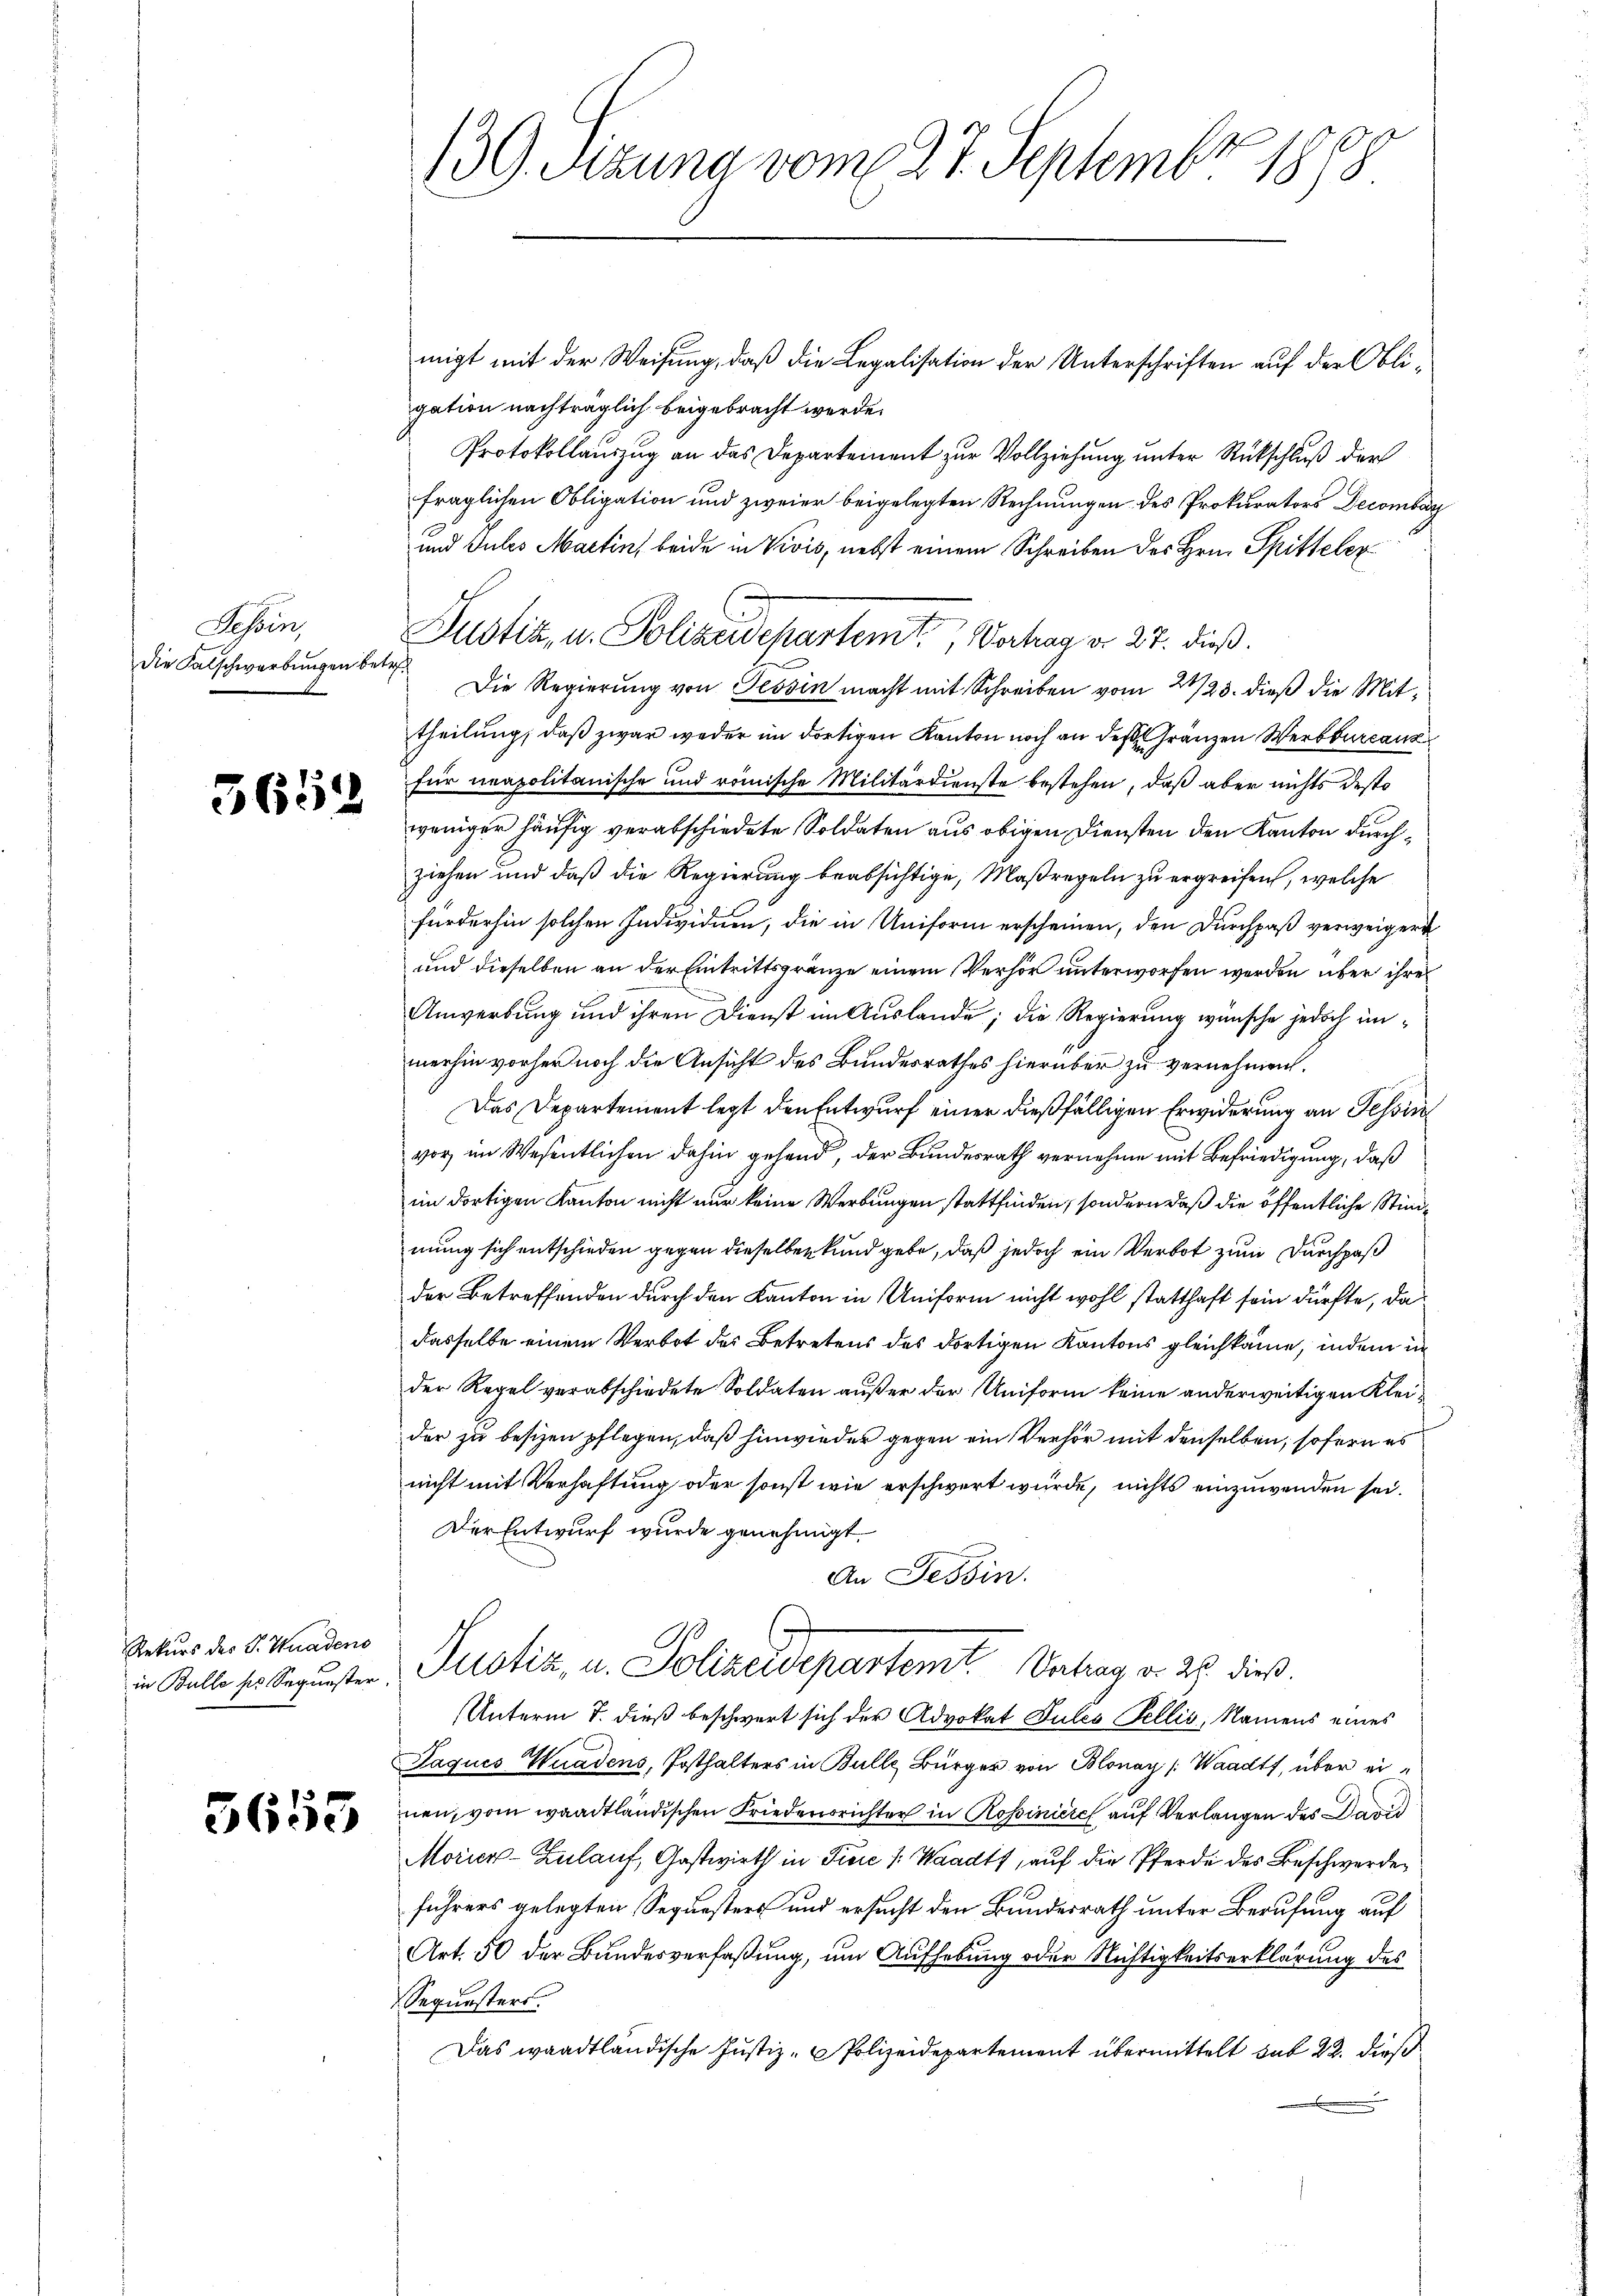
Tessin,
Die Falschwerbungen betr.

3632

Rekurs des S. Kuadens

5653

migt mit der Weisung, daß die Legalisation der Unterschriften auf der Obligation nachträglich beigebracht werde.
Protokollauszug an das Departement zur Vollziehung unter Rückschluß der
fraglichen Obligation und zweier beigelegten Rechnungen des Prokurators Decombar
und Gutes Martin, beide in Vivis, nebst einem Schreiben des Hrn. Spitteler
Justiz, u. Polizeidepartem Vertrag v. 27. dieß.
Die Regierung von Tessin macht mit Schreiben vom 21/23. dieß die Mittheilung, daß zwar weder im dortigen Kanton noch an des Gränzen Werkburcanz
für neapolitanische und römische Militärdienste bestehen, daß aber nichts desto
weniger häufig verabschiedete Soldaten aus obigen Diensten den Kanton durchziehen und daß die Regierung beabsichtige, Maßregeln zu ergreifen, welche
fürderhin solchen Individuen, die in Uniform erscheinen, den Durchpaß verweigert
und dieselben an der Eintrittsgränze einem Verhör unterworfen werden über ihres
Anwerbung und ihren Dienst im Auslande; die Regierung wünsche jedoch unmerhin vorher noch die Ansicht des Bundesrathes hierüber zu vernehmen.
Das Departement legt den Entwurf einer dießfälligen Erwiderung an Tessin
vor im Wesentlichen dahin gehend, der Bundesrath vernehme mit Befriedigung, daß
im dortigen Kanton nicht nur keine Werbungen stattfinden, sondern daß die öffentliche Stimmung sich entschieden gegen dieselben kund gebe, daß jedoch ein Verbot zum Durchpaß
der Betreffenden durch den Kanton in Uniform nicht wohl statthaft sein dürfte, da
dasselbe einem Verbot des Betretens des dortigen Kantons gleichkäme, indem in
der Regel verabschiedete Soldaten außer der Uniform keine anderweitigen Kleider zu besizen pflegen, daß hinwieder gegen ein Verhör mit denselben, sofern es
nicht mit Verhaftung oder sonst wie erschwert würde, nichts einzuwenden sei.
Der Entwurf wurde genehmigt.
An Tessin.
in Kelle ses begŭnsten Pustiz, u. Polizeidepartemt Vntrag v. 26. dieß.
Unterm 7. dieß beschwert sich der Advokat Pules Fellis, Namens eines
Jaques Wuadens, Posthalters in Bulle Bürger von Blonay (Waadt, über einen, vom waadtländischen Friedensrichter in Rossiniere auf Verlangen des David
Morier-Zulauf, Gastwirth in Tiere (: Waadt, auf die Pferde des Beschwerdeführers gelegten Sequesters und ersucht den Bundesrath unter Berufung auf
Art. 50 der Bundesverfaßung, um Aufhebung oder Nichtigkeitserklärung des
Sequesters.
Das waadtländische Justiz- & Polizeidepartement übermittelt sub 22. dieß

139. Sizung vom 27. Septembr 1898